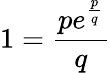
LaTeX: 1=\frac{pe^{\frac{p}{q}}}{q}